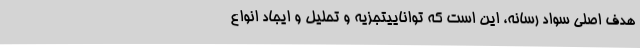
هدف اصلی سواد رسانه، این است که تواناییتجزیه و تحلیل و ایجاد انواع